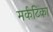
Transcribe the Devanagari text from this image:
मर्कटिका